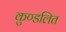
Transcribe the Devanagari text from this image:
कुण्डलित